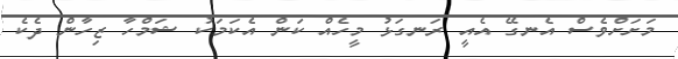
މަށަށްވެސް އެނގޭ އެއީ ރަނގަޅު މީހެއް ކަން އެކަމަކު ޝަމްހާ ޒިހާން ދެކެ